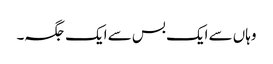
وہاں سے ایک بس سے ایک جگہ۔